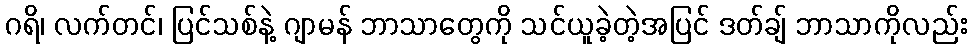
ဂရိ၊ လက်တင်၊ ပြင်သစ်နဲ့ ဂျာမန် ဘာသာတွေကို သင်ယူခဲ့တဲ့အပြင် ဒတ်ချ် ဘာသာကိုလည်း